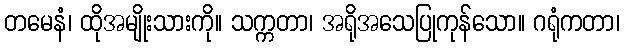
တမေနံ၊ ထိုအမျိုးသားကို။ သက္ကတာ၊ အရိုအသေပြုကုန်သော။ ဂရုံကတာ၊